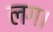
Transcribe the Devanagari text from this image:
लग।